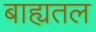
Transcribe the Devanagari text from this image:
बाह्यतल